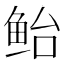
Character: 鲐